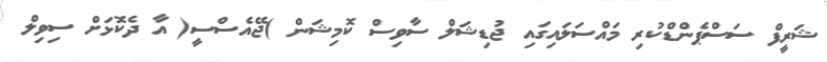
ޝަރީފް ސަސްޕެންޑްކުރި މައްސަލައިގައި ޖުޑިޝަލް ސާވިސް ކޮމިޝަން )ޖޭއެސްސީ( އާ ދެކޮޅަށް ސިވިލް